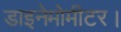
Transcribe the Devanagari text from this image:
डाइनेमोमीटर।